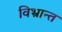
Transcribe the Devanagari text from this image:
विभ्रान्त